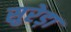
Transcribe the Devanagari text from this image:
सुरेड़ा